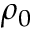
\rho _ { 0 }